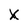
Character: X